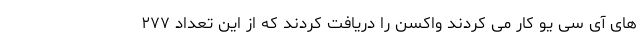
های آی سی یو کار می کردند واکسن را دریافت کردند که از این تعداد ۲۷۷